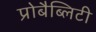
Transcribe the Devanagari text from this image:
प्रोबैब्लिटी